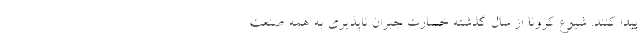
پیدا کنند. شیوع کرونا از سال گذشته خسارت جبران ناپذیری به همه صنعت